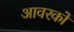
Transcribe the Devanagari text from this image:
आवरकों